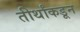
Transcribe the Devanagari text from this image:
तीर्थांकडून